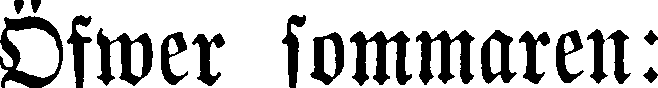
Öfwer sommaren: